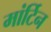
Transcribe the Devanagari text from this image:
मांर्टिन